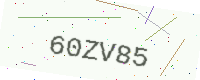
Text: 60ZV85